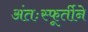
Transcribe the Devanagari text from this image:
अंतःस्फूर्तीने